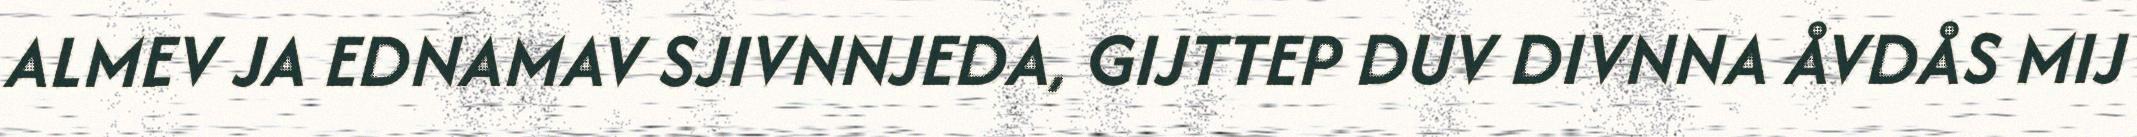
ALMEV JA EDNAMAV SJIVNNJEDA, GIJTTEP DUV DIVNNA ÅVDÅS MIJ